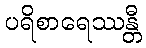
ပရိစာရေဿန္တီ